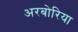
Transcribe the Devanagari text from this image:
अरबोरिया